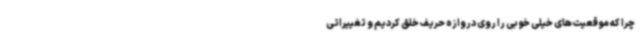
چرا که موقعیت‌های خیلی خوبی را روی دروازه حریف خلق کردیم و تغییراتی